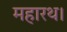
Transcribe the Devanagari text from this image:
महारथ।